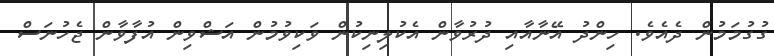
ގުގުމަމުން ދެއެވެ. ހިންދު އޭނާއާއި ދުރުވާން އެކުލިނިކުން ވަކިވުމުން އަޝްވިން އުފާވާން ޖެހުނަސް